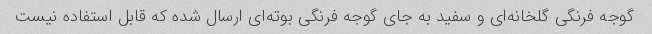
گوجه فرنگی گلخانه‌ای و سفید به جای گوجه فرنگی بوته‌ای ارسال شده که قابل استفاده نیست